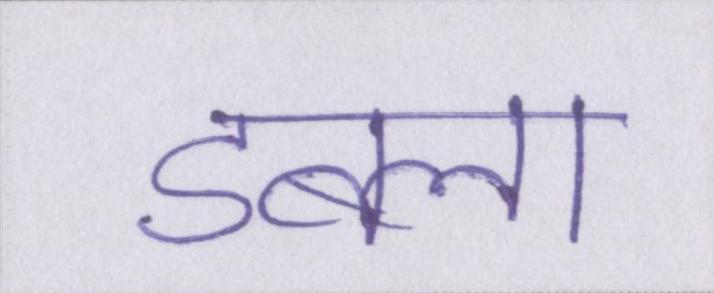
डबला